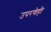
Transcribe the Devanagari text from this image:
उपरणेही